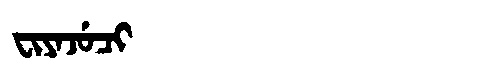
Manchu: ᠸᡳᠶᠠᠵᡠᠴᡳ
Romanization: FIYAJUCI